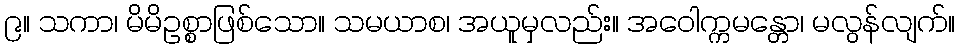
၉။ သကာ၊ မိမိဥစ္စာဖြစ်သော။ သမယာစ၊ အယူမှလည်း။ အဝေါက္ကမန္တော၊ မလွန်လျက်။